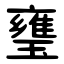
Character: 㻾